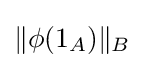
\|\phi (1_{A})\|_{B}